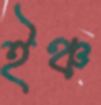
ইঞ্চ